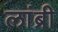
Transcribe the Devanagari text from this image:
लांब्री